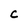
Character: C